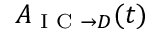
A _ { \textrm { I C } \rightarrow D } ( t )